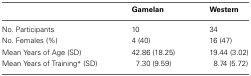
<table><thead><tr><td></td><td><b>Gamelan</b></td><td><b>Western</b></td></tr></thead><tbody><tr><td>No. Participants</td><td>10</td><td>34</td></tr><tr><td>No. Females (%)</td><td>4 (40)</td><td>16 (47)</td></tr><tr><td>Mean Years of Age (SD)</td><td>42.86 (18.25)</td><td>19.44 (3.02)</td></tr><tr><td>Mean Years of Training <sup>*</sup> (SD)</td><td>7.30 (9.59)</td><td>8.74 (5.72)</td></tr></tbody></table>